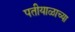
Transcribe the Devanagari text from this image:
पतीयाळाच्या